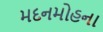
મદનમોહના